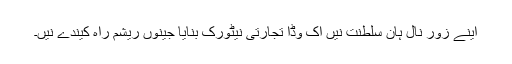
اینے زور نال ہان سلطنت نیں اک وڈا تجارتی نیٹورک بنایا جینوں ریشم راہ کیندے نیں۔